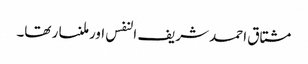
مشتاق احمد شریف النفس اور ملنسار تھا۔